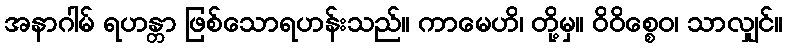
အနာဂါမ် ရဟန္တာ ဖြစ်သောရဟန်းသည်။ ကာမေဟိ၊ တို့မှ။ ဝိဝိစ္စေဝ၊ သာလျှင်။